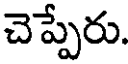
చెప్పేరు.